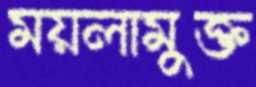
ময়লামুক্ত